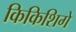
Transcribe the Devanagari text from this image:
किकिशिगे